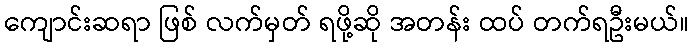
ကျောင်းဆရာ ဖြစ် လက်မှတ် ရဖို့ဆို အတန်း ထပ် တက်ရဦးမယ်။